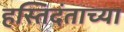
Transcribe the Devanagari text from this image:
हस्तिदंताच्या